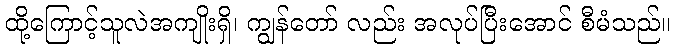
ထို့ကြောင့်သူလဲအကျိုးရှိ၊ ကျွန်တော် လည်း အလုပ်ပြီးအောင် စီမံသည်။